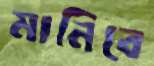
মানিবে